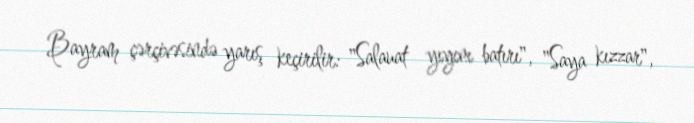
Bayram çərçivəsində yarış keçirilir: "Salauat yıyını batırı", "Saya kızzar",